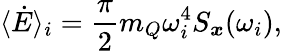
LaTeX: \langle\dot{E}\rangle_{i}=\frac{\pi}{2}m_{Q}\omega_{i}^{4}S_{\boldsymbol{x}}(\omega_{i}),